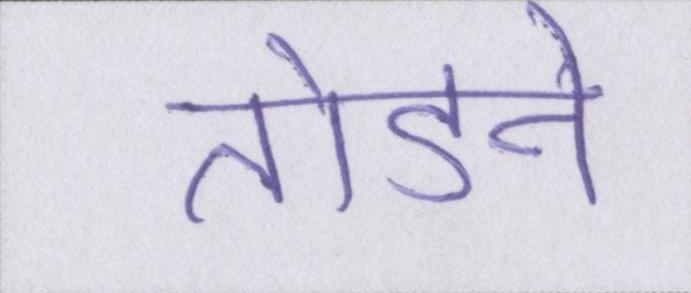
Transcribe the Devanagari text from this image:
तोडने